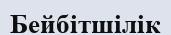
Бейбітшілік